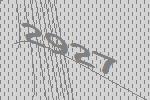
2927